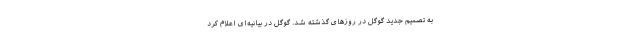
به تصمیم جدید گوگل در روزهای گذشته شد. گوگل در بیانیه‌ای اعلام کرد